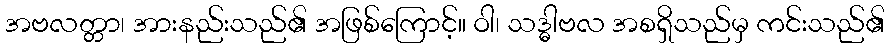
အဗလတ္တာ၊ အားနည်းသည်၏ အဖြစ်ကြောင့်။ ဝါ၊ သဒ္ဓါဗလ အစရှိသည်မှ ကင်းသည်၏